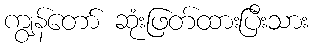
ကျွန်တော် ဆုံးဖြတ်ထားပြီးသား